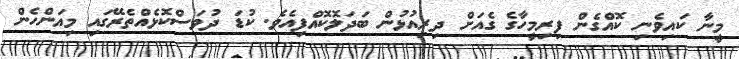
މީނާ ކައިވެނި ކޮއްގެން ފިރިމީހާގެ ގެއަށް ދިރިއުޅުން ބަދަލޮކޮއްފިއެވެ. ކުޑަ ދުވަސްކޮޅެއްތެރޭގައި މިއަންހެން